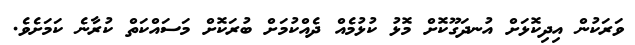
ވަރަކުން އިދިކޮޅަށް އުނދަގޫކޮށް މޮޅު ކުޅުމެއް ދެއްކުމަށް ބުރަކޮށް މަސައްކަތް ކުރާނެ ކަމަށެވެ.